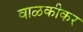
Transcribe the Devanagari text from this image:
वाळकीकर